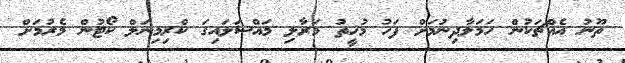
ތޫނު އެއްޗަކުން ހަމަލާދިނުމަށް ފަހު މުހީތު މަރާލި މައްސަލައިގަ ކްރިމިނަލް ކޯޓުން މެރުމަށް